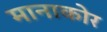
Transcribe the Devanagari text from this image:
मानाकोर